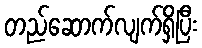
တည်ဆောက်လျက်ရှိပြီး